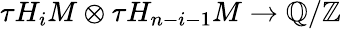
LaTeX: \tau H_{i}M\otimes\tau H_{n-i-1}M\to\mathbb{Q}/\mathbb{Z}